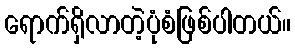
ရောက်ရှိလာတဲ့ပုံစံဖြစ်ပါတယ်။